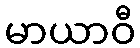
မာယာဝီ